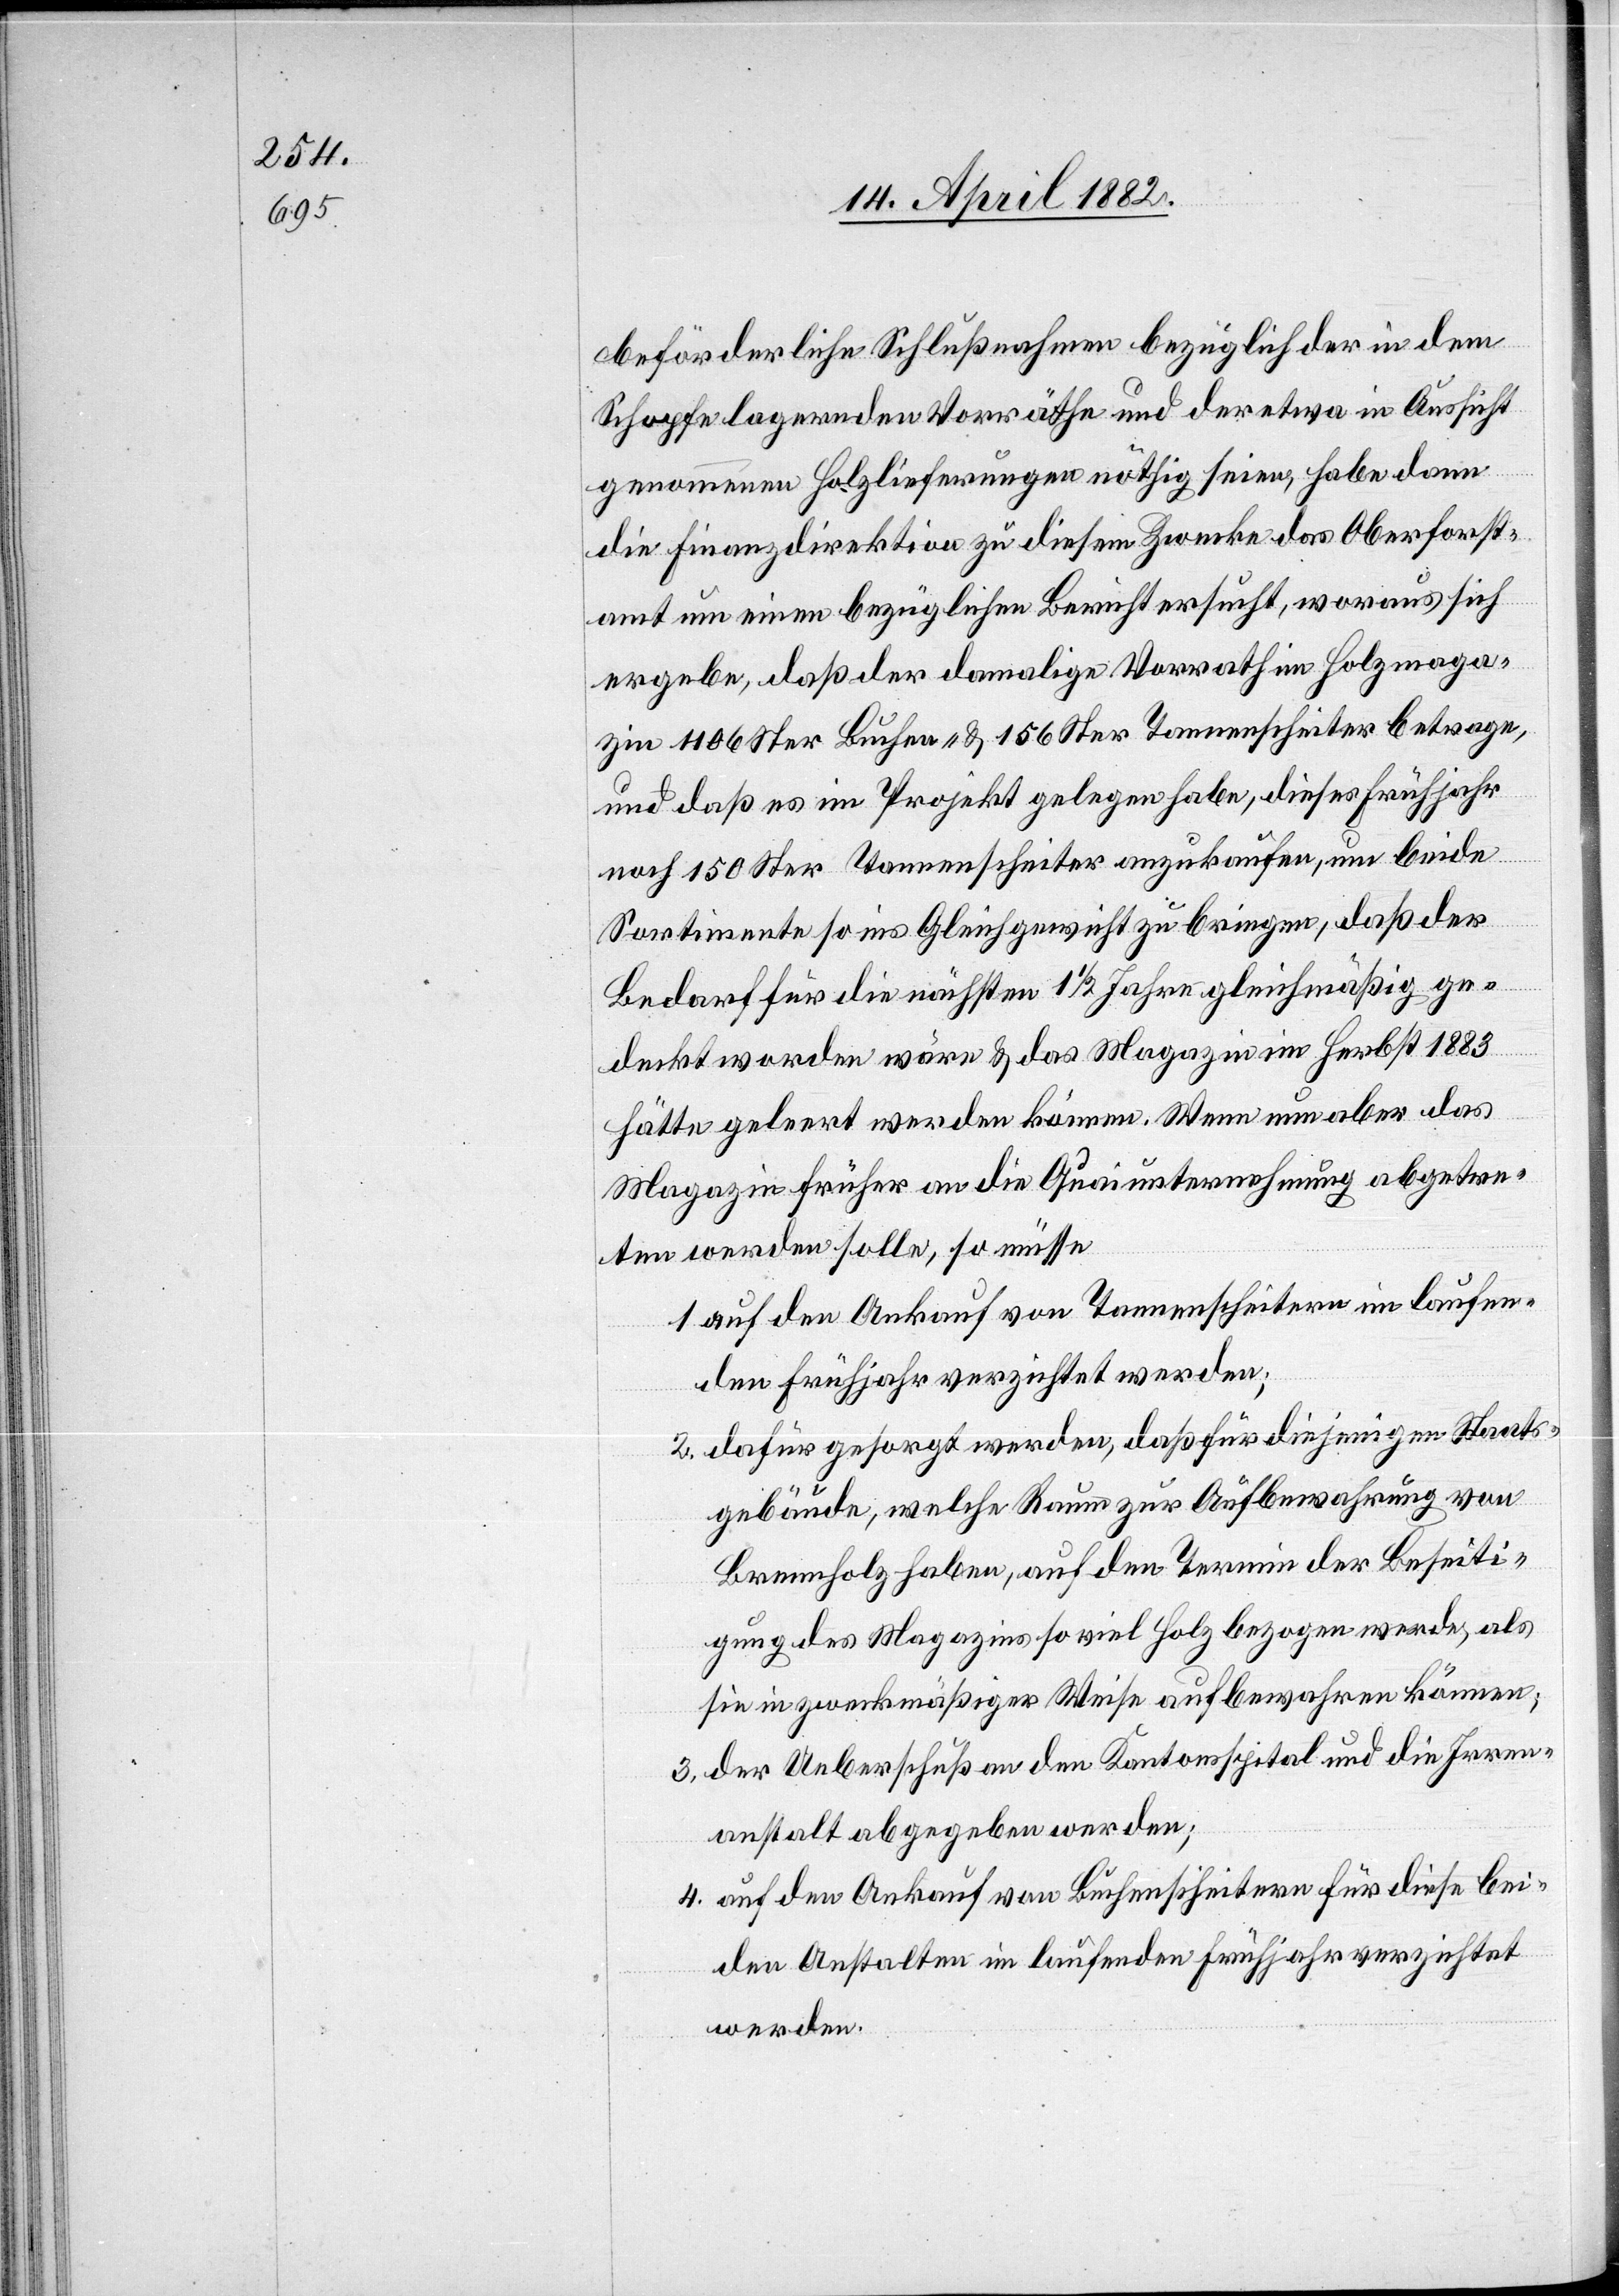
beförderliche Schlußnahmen bezüglich der in dem
Schopfe lagernden Vorräthe und der etwa in Aussicht
genommenen Holzlieferungen nöthig seien, habe dann
die Finanzdirektion zu diesem Zwecke das Oberforst¬
amt um einen bezüglichen Bericht ersucht, woraus sich
ergebe, daß der damalige Vorrath im Holzmaga¬
zin 1106 Ster Buchen- & 156 Ster Tannenscheiter betrage,
und daß es im Projekt gelegen habe, dieses Frühjahr
noch 150 Ster Tannenscheiter anzukaufen, um beide
Sortimente so ins Gleichgewicht zu bringen, daß der
Bedarf für die nächsten 1 1/2 Jahre gleichmäßig ge¬
3.
deckt worden wäre & das Magazin im Herbst 1883
hätte geleert werden können. Wenn nun aber das
Magazin früher an die Quaiunternehmung abgetre¬
ten werden solle, so müsse
auf den Ankauf von Tannenscheitern im laufen¬
den Frühjahr verzichtet werden;
dafür gesorgt werden, daß für diejenigen Staats¬
gebäude, welche Raum zur Aufbewahrung von
Brennholz haben, auf den Termin der Beseiti¬
gung des Magazins so viel Holz bezogen werde, als
sie in zweckmäßiger Weise aufbewahren können;
der Ueberschuß an den Kantonsspital und die Irren¬
anstalt abgegeben werden;
auf den Ankauf von Buchenscheitern für diese bei¬
den Anstalten im laufenden Frühjahr verzichtet
werden.